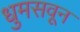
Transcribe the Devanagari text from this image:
धुमसवून